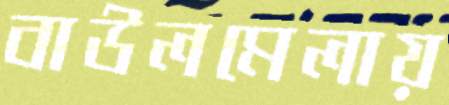
বাউলমেলায়